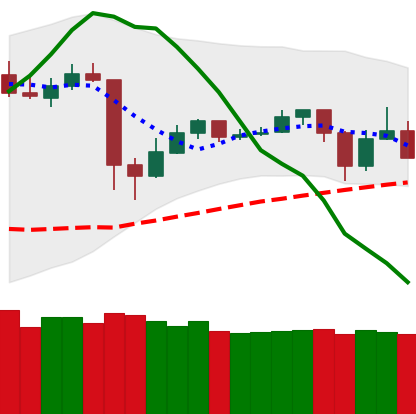
Ticker: TRX-USD
Chart end date: 2020-05-24
Forward return: 4.026%
Label: up_3_5